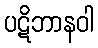
ပဋိဘာနဝါ